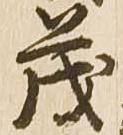
茂